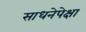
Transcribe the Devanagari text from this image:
साधनेपेक्षा